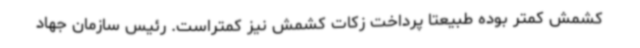
کشمش کمتر بوده طبیعتا پرداخت زکات کشمش نیز کمتراست. رئیس سازمان جهاد